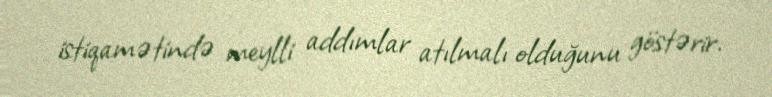
istiqamətində meylli addımlar atılmalı olduğunu göstərir.